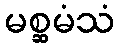
မစ္ဆမံသံ